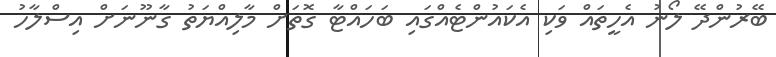
ބޭރުންދޭ ލޯނު އެހީތައް ވަކި އެކައުންޓެއްގައި ބަހައްޓާ ގޮތަށް މާލިއްޔަތު ގާނޫނަށް އިސްލާހު